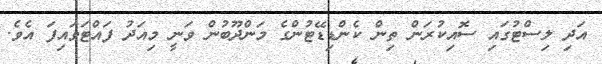
އަދި ލިސްޓުގައި ސޮއިކުރަން ތިން ކެންޑިޑޭޓުންގެ މަންދޫބުން ވަނީ މިއަދު ފައްޓަވައިފަ އެވެ.